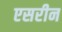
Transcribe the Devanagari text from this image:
एसरीन